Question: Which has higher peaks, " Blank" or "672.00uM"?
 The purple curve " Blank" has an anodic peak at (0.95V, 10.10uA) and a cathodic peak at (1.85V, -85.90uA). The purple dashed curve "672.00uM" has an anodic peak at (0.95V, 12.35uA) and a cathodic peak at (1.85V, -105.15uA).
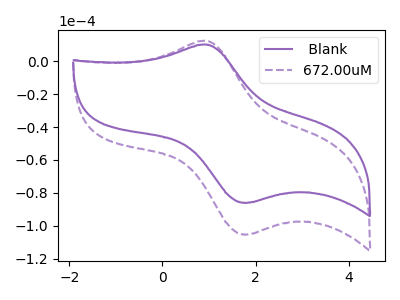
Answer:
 <answer>Every peak in " Blank" is lower than every peak in "672.00uM".</answer>
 <eval>lower</eval>